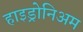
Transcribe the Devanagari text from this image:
हाइड्रोनिअम